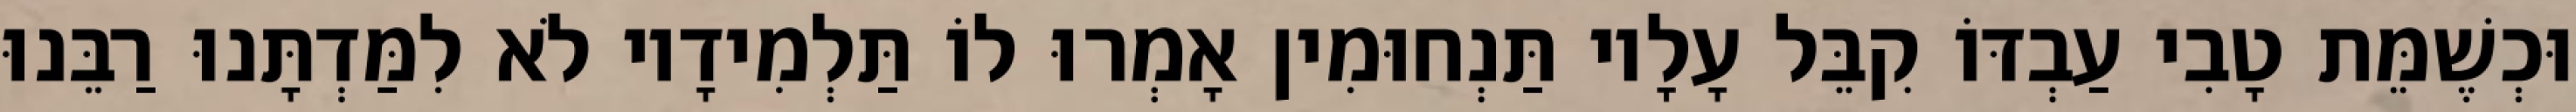
וּכְשֶׁמֵּת טָבִי עַבְדּוֹ קִבֵּל עָלָיו תַּנְחוּמִין אָמְרוּ לוֹ תַּלְמִידָיו לֹא לִמַּדְתָּנוּ רַבֵּנוּ